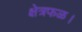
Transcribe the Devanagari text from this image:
क्षेत्रफळ।